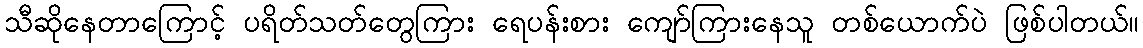
သီဆိုနေတာကြောင့် ပရိတ်သတ်တွေကြား ရေပန်းစား ကျော်ကြားနေသူ တစ်ယောက်ပဲ ဖြစ်ပါတယ်။